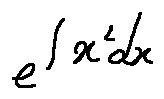
e ^ { \int x ^ { 2 } d x }